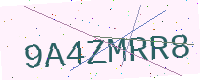
Text: 9A4ZMRR8